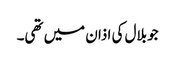
جو بلال کی اذان میں تھی۔